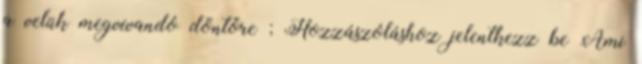
a velük megvívandó döntőre ; Hozzászóláshoz jelentkezz be Ami